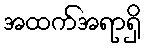
အထက်အရာရှိ